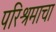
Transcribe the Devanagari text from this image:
परिश्रमाचा